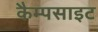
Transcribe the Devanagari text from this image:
कैम्पसाइट